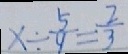
x \div \frac { 5 } { 9 } = \frac { 2 } { 3 }